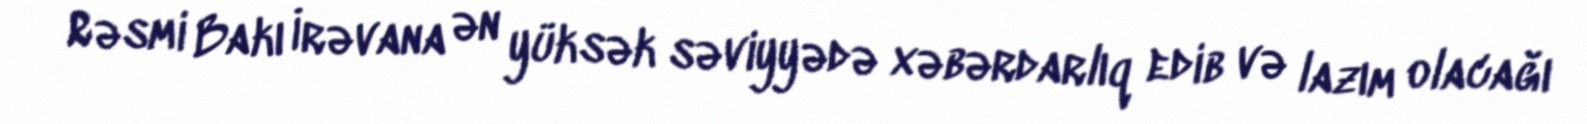
Rəsmi Bakı İrəvana ən yüksək səviyyədə xəbərdarlıq edib və lazım olacağı